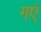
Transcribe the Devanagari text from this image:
गएं